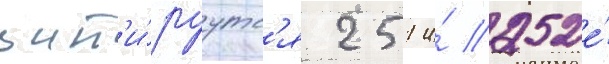
цит'и́руутс'я 251 и́ 252е́